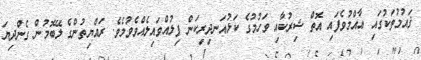
ޤައުމުތަކުގައި ޢާއްމުވެފައި އޮތް ޝިރުކާއި ވަހުމުގެ ކަޅުއަނދިރިކަން ފިލުއްވައިލެއްވެވުމެވެ. ރައްޔިތުންގެ ލޭބޮމުން ގެންދިޔަ